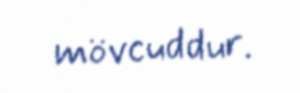
mövcuddur.